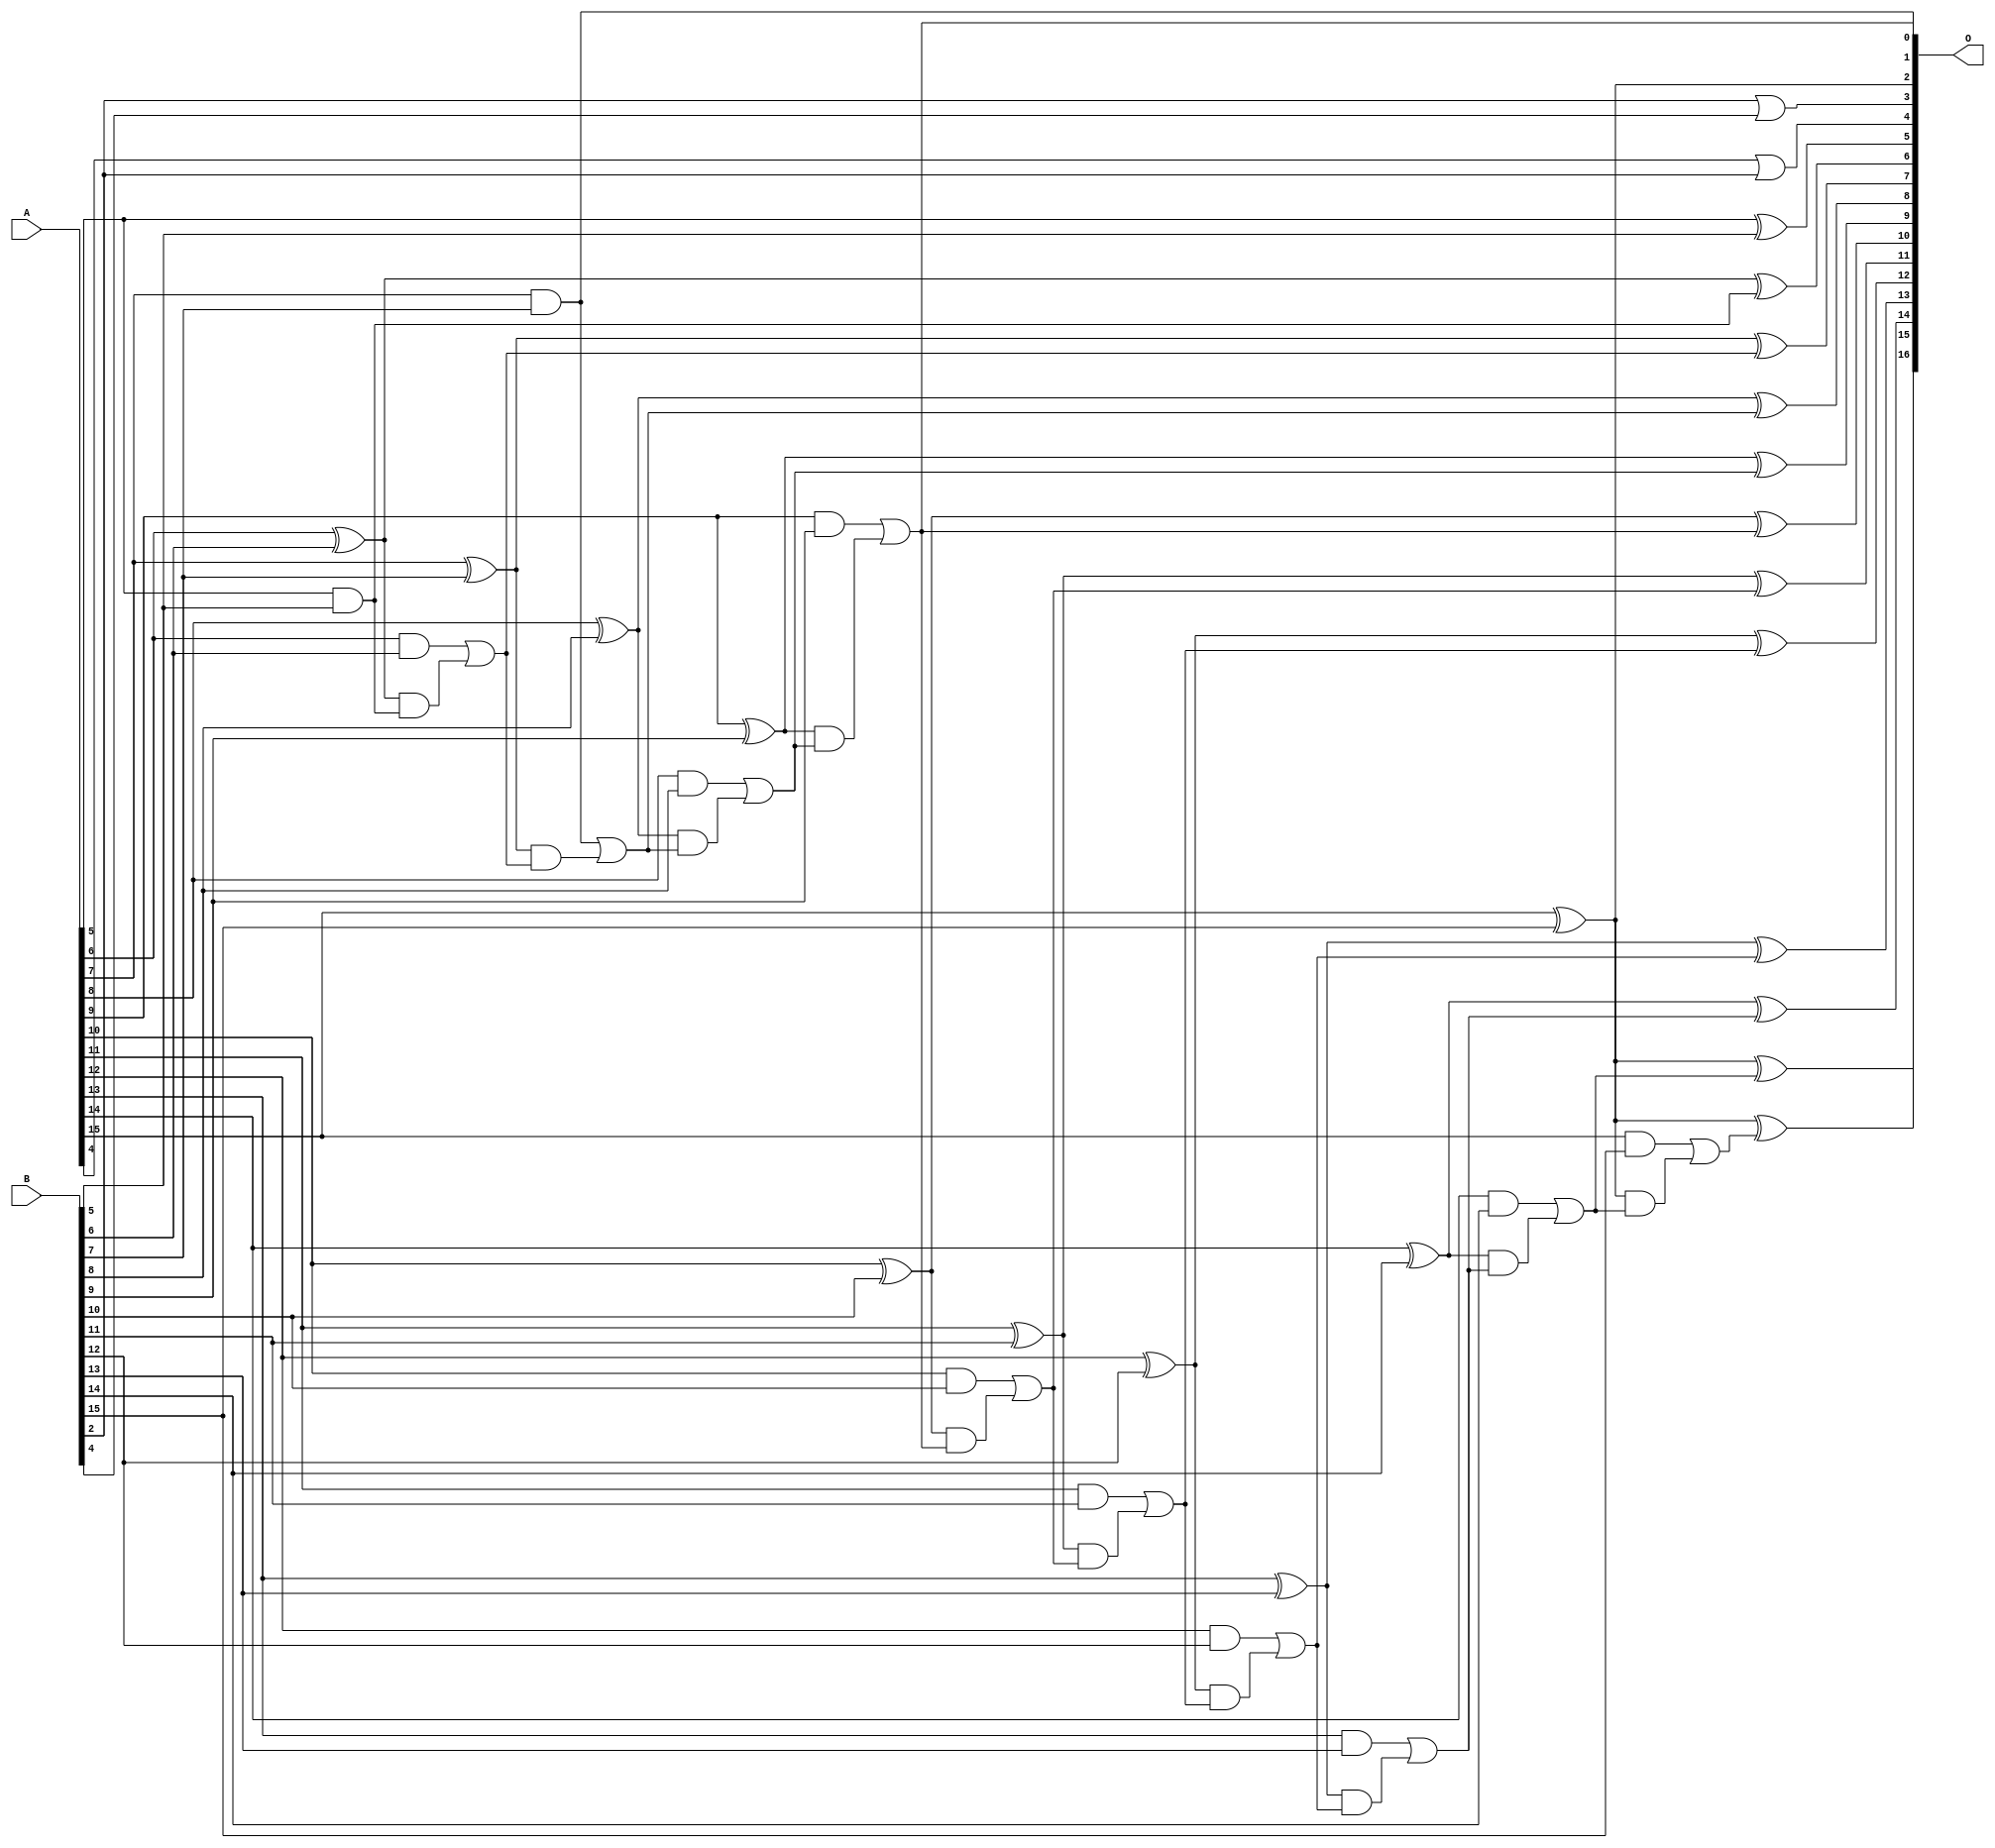
/***
* This code is a part of EvoApproxLib library (ehw.fit.vutbr.cz/approxlib) distributed under The MIT License.
* When used, please cite the following article(s): V. Mrazek, L. Sekanina, Z. Vasicek "Libraries of Approximate Circuits: Automated Design and Application in CNN Accelerators" IEEE Journal on Emerging and Selected Topics in Circuits and Systems, Vol 10, No 4, 2020 
* This file contains a circuit from a sub-set of pareto optimal circuits with respect to the pwr and mse parameters
***/
// MAE% = 0.02 %
// MAE = 13 
// WCE% = 0.058 %
// WCE = 38 
// WCRE% = 2100.00 %
// EP% = 98.15 %
// MRE% = 0.38 %
// MSE = 232 
// PDK45_PWR = 0.051 mW
// PDK45_AREA = 112.2 um2
// PDK45_DELAY = 0.84 ns

module add16se_25S (
    A,
    B,
    O
);

input [15:0] A;
input [15:0] B;
output [16:0] O;

wire sig_44,sig_47,sig_49,sig_52,sig_54,sig_55,sig_59,sig_60,sig_61,sig_62,sig_63,sig_64,sig_65,sig_66,sig_67,sig_68,sig_69,sig_70,sig_71,sig_72;
wire sig_73,sig_74,sig_75,sig_76,sig_77,sig_78,sig_79,sig_80,sig_81,sig_82,sig_83,sig_84,sig_85,sig_86,sig_87,sig_88,sig_89,sig_90,sig_91,sig_92;
wire sig_93,sig_94,sig_95,sig_96,sig_97,sig_98,sig_99,sig_100,sig_101,sig_102,sig_103,sig_104,sig_105,sig_106,sig_107,sig_108,sig_109,sig_110;

assign sig_44 = ~(B[2] | B[4]);
assign sig_47 = ~sig_44;
assign sig_49 = ~(A[4] | B[2]);
assign sig_52 = ~sig_49;
assign sig_54 = A[5] ^ B[5];
assign sig_55 = A[5] & B[5];
assign sig_59 = A[6] ^ B[6];
assign sig_60 = A[6] & B[6];
assign sig_61 = sig_59 & sig_55;
assign sig_62 = sig_59 ^ sig_55;
assign sig_63 = sig_60 | sig_61;
assign sig_64 = A[7] ^ B[7];
assign sig_65 = A[7] & B[7];
assign sig_66 = sig_64 & sig_63;
assign sig_67 = sig_64 ^ sig_63;
assign sig_68 = sig_65 | sig_66;
assign sig_69 = A[8] ^ B[8];
assign sig_70 = A[8] & B[8];
assign sig_71 = sig_69 & sig_68;
assign sig_72 = sig_69 ^ sig_68;
assign sig_73 = sig_70 | sig_71;
assign sig_74 = A[9] ^ B[9];
assign sig_75 = A[9] & B[9];
assign sig_76 = sig_74 & sig_73;
assign sig_77 = sig_74 ^ sig_73;
assign sig_78 = sig_75 | sig_76;
assign sig_79 = A[10] ^ B[10];
assign sig_80 = A[10] & B[10];
assign sig_81 = sig_79 & sig_78;
assign sig_82 = sig_79 ^ sig_78;
assign sig_83 = sig_80 | sig_81;
assign sig_84 = A[11] ^ B[11];
assign sig_85 = A[11] & B[11];
assign sig_86 = sig_84 & sig_83;
assign sig_87 = sig_84 ^ sig_83;
assign sig_88 = sig_85 | sig_86;
assign sig_89 = A[12] ^ B[12];
assign sig_90 = A[12] & B[12];
assign sig_91 = sig_89 & sig_88;
assign sig_92 = sig_89 ^ sig_88;
assign sig_93 = sig_90 | sig_91;
assign sig_94 = A[13] ^ B[13];
assign sig_95 = A[13] & B[13];
assign sig_96 = sig_94 & sig_93;
assign sig_97 = sig_94 ^ sig_93;
assign sig_98 = sig_95 | sig_96;
assign sig_99 = A[14] ^ B[14];
assign sig_100 = A[14] & B[14];
assign sig_101 = sig_99 & sig_98;
assign sig_102 = sig_99 ^ sig_98;
assign sig_103 = sig_100 | sig_101;
assign sig_104 = A[15] ^ B[15];
assign sig_105 = A[15] & B[15];
assign sig_106 = sig_104 & sig_103;
assign sig_107 = sig_104 ^ sig_103;
assign sig_108 = sig_105 | sig_106;
assign sig_109 = A[15] ^ B[15];
assign sig_110 = sig_109 ^ sig_108;

assign O[16] = sig_110;
assign O[15] = sig_107;
assign O[14] = sig_102;
assign O[13] = sig_97;
assign O[12] = sig_92;
assign O[11] = sig_87;
assign O[10] = sig_82;
assign O[9] = sig_77;
assign O[8] = sig_72;
assign O[7] = sig_67;
assign O[6] = sig_62;
assign O[5] = sig_54;
assign O[4] = sig_52;
assign O[3] = sig_47;
assign O[2] = sig_104;
assign O[1] = sig_65;
assign O[0] = sig_78;

endmodule